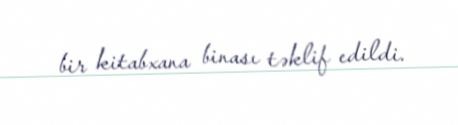
bir kitabxana binası təklif edildi.